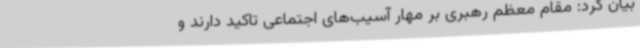
بیان کرد: مقام معظم رهبری بر مهار آسیب‌های اجتماعی تاکید دارند و